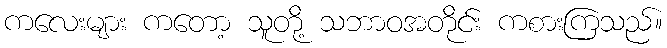
ကလေးများ ကတော့ သူတို့ သဘာဝအတိုင်း ကစားကြသည်။